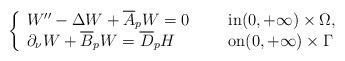
LaTeX: \begin{align*}\left\lbrace\begin{array}{lll}W''-{\Delta} W+\overline A_pW=0 & \hbox{in} (0,+\infty) \times \Omega,\\\partial_\nu W + \overline B_pW = \overline D_pH \hskip1.0cm & \hbox{on} (0,+\infty) \times \Gamma\end{array}\right.\end{align*}